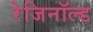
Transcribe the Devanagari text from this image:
रेजिनॉल्ड